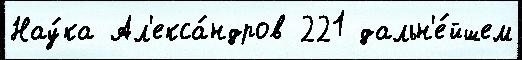
Нау́ка Ал'екса́ндров 221 дальн'е́йшем